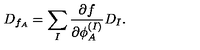
D _ { f _ { A } } = \sum _ { I } { \frac { \partial f } { \partial \phi _ { A } ^ { ( I ) } } } D _ { I } .